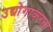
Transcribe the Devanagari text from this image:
उद्योगाकरता